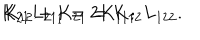
K _ { 2 1 } L _ { 2 1 1 } = 2 K _ { 1 1 } ; \hspace { 1 . 5 c m } K _ { 1 2 } + K _ { 2 1 } = K _ { 1 2 } L _ { 1 2 2 } .